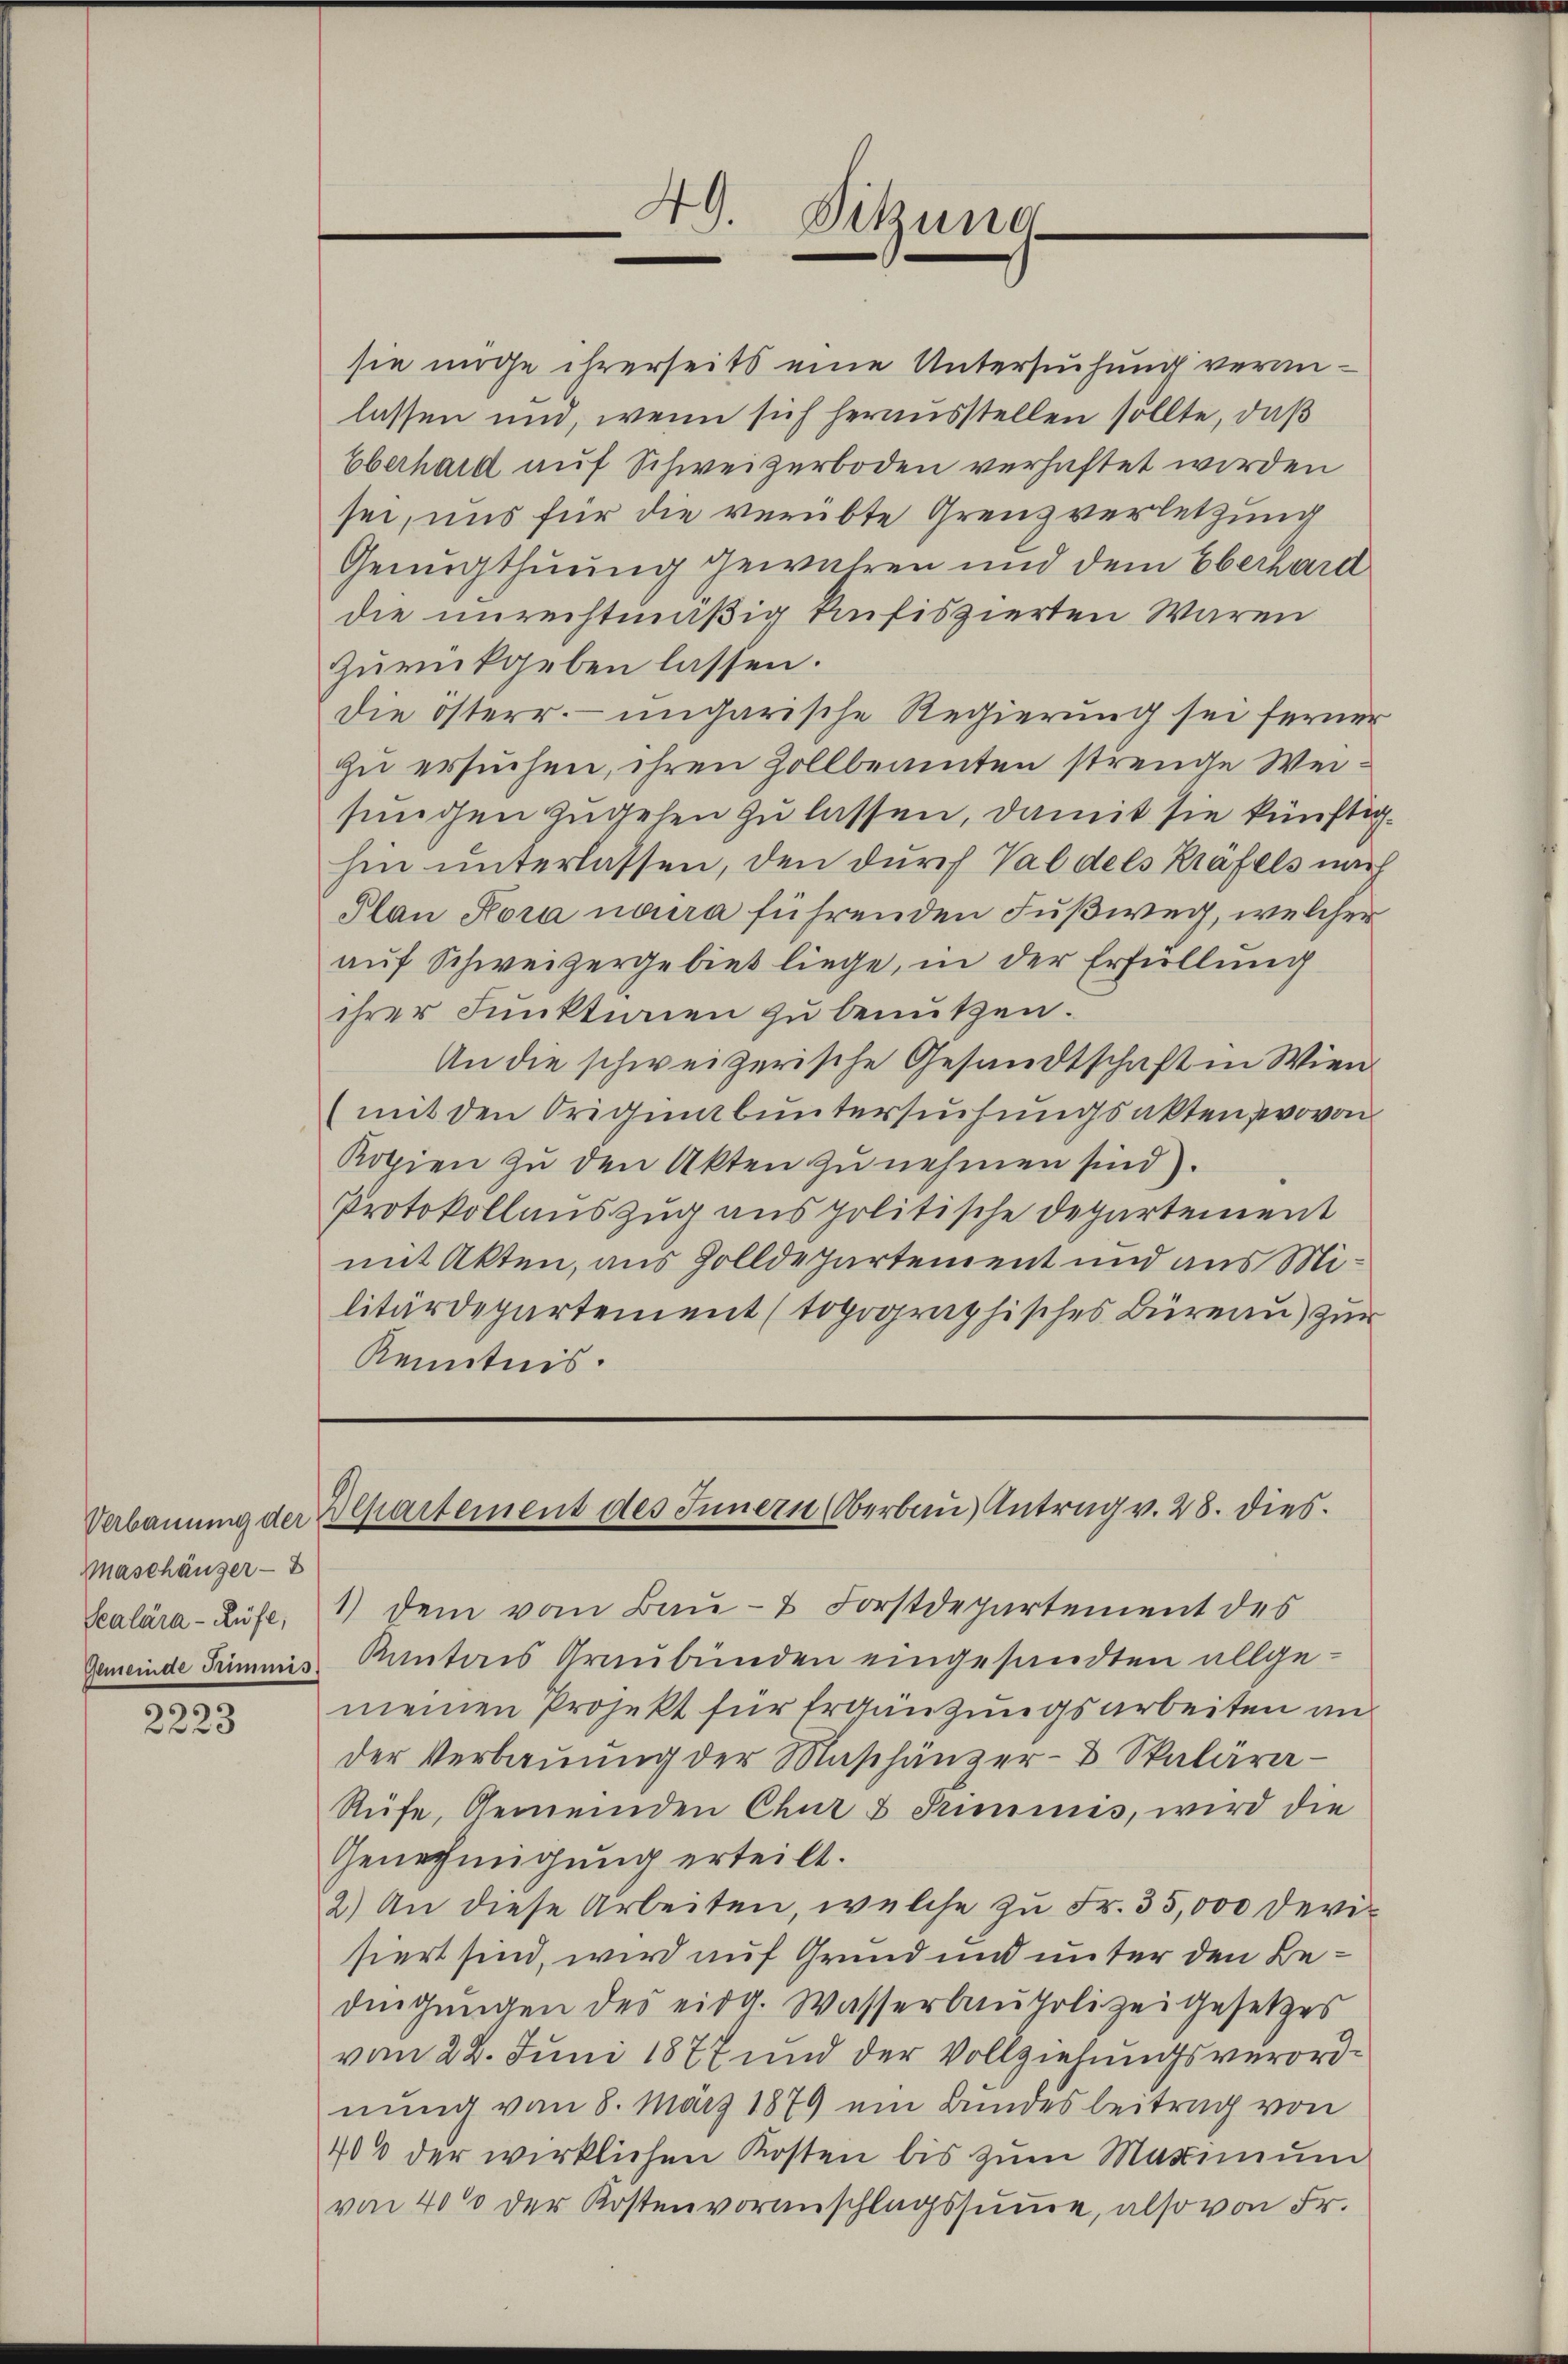
Verbauung der
Maschänger -
Scalara - Rufe,
Gemeinde Grimmis

2223

sie möge ihrerseits eine Untersuchung veranlassen und, wenn sich herausstellen sollte, daß
Eberhard auf Schweizerboden verhaftet worden
sei, uns für die verübte Grenzverletzung
Genugthuung gewähren und dem Oberhard
die unrechtmäßig konfiszierten Waren
zurückgeben lassen.
die österr. ungarische Regierung sei ferner
zu ersuchen, ihren Zollbeamten strenge Weisungen zugehen zu lassen, damit sie künftighin unterlassen, den durch Val des Krafels nach
Plan Kora naira führenden Fußweg, welcher
auf Schweizergebiet liege, in der Erfüllung
ihrer Funktinen zu benutzen.
An die schweizerische Gesandtschaft in Wien
(mit den Originabuntersuchungsakten provon
Kopien zu den Akten zu nehmen sind).
Protokollauszug aus politische Departement
mit Akten, aus Zolldepartement und aus Militärdepartement (topographisches Büreau) zur
Kenntnis.

49. Sitzung

Departement des Innern Oberbau Antrag v. 28. dies

1) dem vom Bau- & Forstdepartement des
Kantons Graubünden eingesandten allgemeinen Projekt für Ergänzungsarbeiten an
der Verbaŭŭng der Maschänzer- & Skalära-
Rüfe, Gemeinden Chur & Simmis, wird die
Genehmigung erteilt.
2) An diese Arbeiten, welche zŭ Fr. 35,000 Devisiert sind, wird auf Grund und unter den Bedingungen des eidg. Wasserbaupolizeigesetzes
vom 22. Juni 1877 und der Vollziehungsverordnung von 8. März 1879 ein Bundesbeitrag von
400 der wirklichen Kosten bis zum Maximum
von 400 der Kostenvoranschlagssumme, also von Fr.